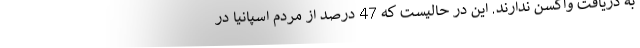
به دریافت واکسن ندارند. این در حالیست که 47 درصد از مردم اسپانیا در